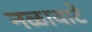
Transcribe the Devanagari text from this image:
नळावाटे